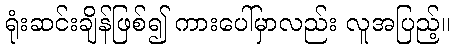
ရုံးဆင်းချိန်ဖြစ်၍ ကားပေါ်မှာလည်း လူအပြည့်။